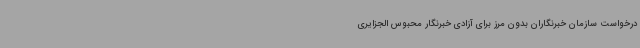
درخواست سازمان خبرنگاران بدون مرز برای آزادی خبرنگار محبوس الجزایری